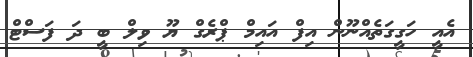
އެއީ ހަގީގަތެއްނޫން އިފް އައިމް ޕްރެގް ޔޫ ވިލް ބީ ދަ ފަސްޓް